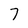
Character: 7